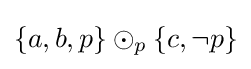
\left\{a,b,p\right\}\odot _{p}\left\{c,\neg p\right\}